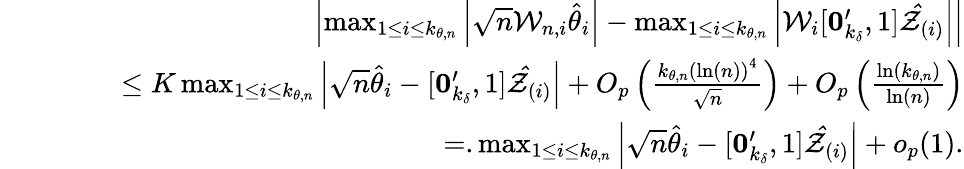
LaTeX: \begin{array}{rlr}&{}&{\left\vert\operatorname*{max}_{1\leq i\leq k_{\theta,n}}\left\vert\sqrt{n}\mathcal{W}_{n,i}\hat{\theta}_{i}\right\vert-\operatorname*{max}_{1\leq i\leq k_{\theta,n}}\left\vert\mathcal{W}_{i}[\boldsymbol{0}_{k_{\delta}}^{\prime},1]\mathcal{\hat{Z}}_{(i)}\right\vert\right\vert}\\ &{}&{\mathrm{~\ \ \ \ \ \ \ }\leq K\operatorname*{max}_{1\leq i\leq k_{\theta,n}}\left\vert\sqrt{n}\hat{\theta}_{i}-[\boldsymbol{0}_{k_{\delta}}^{\prime},1]\mathcal{\hat{Z}}_{(i)}\right\vert+O_{p}\left(\frac{k_{\theta,n}\left(\ln(n)\right)^{4}}{\sqrt{n}}\right)+O_{p}\left(\frac{\ln\left(k_{\theta,n}\right)}{\ln(n)}\right)}\\ &{}&{\mathrm{~\ \ \ \ \ \ \ }=.\operatorname*{max}_{1\leq i\leq k_{\theta,n}}\left\vert\sqrt{n}\hat{\theta}_{i}-[\boldsymbol{0}_{k_{\delta}}^{\prime},1]\mathcal{\hat{Z}}_{(i)}\right\vert+o_{p}(1).}\end{array}